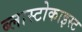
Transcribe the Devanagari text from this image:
ब्लास्टोकाइस्ट